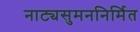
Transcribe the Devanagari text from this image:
नाट्यसुमननिर्मित